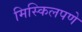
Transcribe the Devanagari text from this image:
मिस्किलपणे